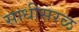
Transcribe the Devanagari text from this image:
साधीसरळ